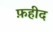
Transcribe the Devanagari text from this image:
फ़हीद